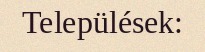
Települések: